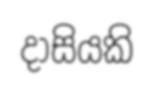
දාසියකි